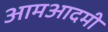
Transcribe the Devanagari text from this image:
आमआदमी